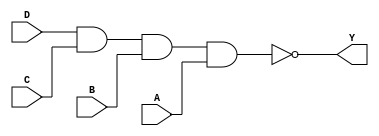
module sky130_fd_sc_ls__nand4 (
    Y,
    A,
    B,
    C,
    D
);

    // Module ports
    output Y;
    input  A;
    input  B;
    input  C;
    input  D;

    // Local signals
    wire nand0_out_Y;

    //   Name   Output       Other arguments
    nand nand0 (nand0_out_Y, D, C, B, A     );
    buf  buf0  (Y          , nand0_out_Y    );

endmodule